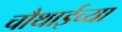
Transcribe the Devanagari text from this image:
चौथाईच्या